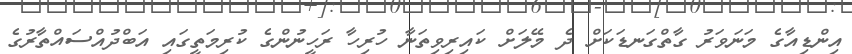
އިންޑިއާގެ މަނަވަރު ގާތްގަނޑަކަށް ދެ މޭލަށް ކައިރިވިތަނާ ހުރިހާ ރަހީނުންގެ ކުރިމަތީގައި އަބްދުއްސައްތާރުގެ